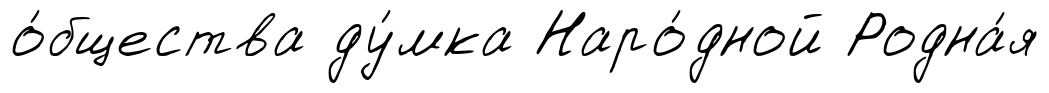
о́бщества ду́мка Наро́дной Родна́я